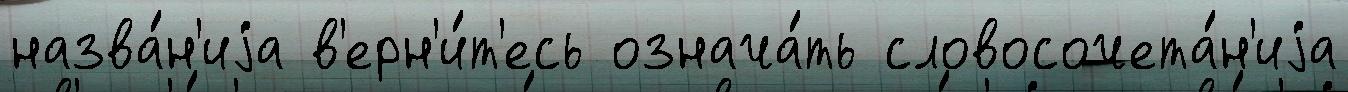
назва́н'иjа в'ерн'и́т'есь означа́ть словосочета́н'иjа